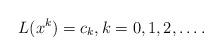
LaTeX: \begin{align*}L(x^{k})=c_{k},k=0,1,2,\ldots.\end{align*}